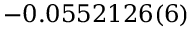
- 0 . 0 5 5 2 1 2 6 ( 6 )